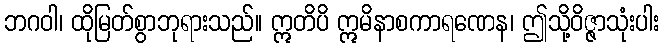
ဘဂဝါ၊ ထိုမြတ်စွာဘုရားသည်။ ဣတိပိ ဣမိနာစကာရဏေန၊ ဤသို့ဝိဇ္ဇာသုံးပါး